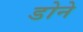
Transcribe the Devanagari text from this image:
डोने